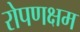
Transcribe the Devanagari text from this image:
रोपणक्षम